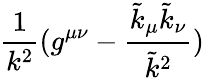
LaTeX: \frac{1}{k^{2}}(g^{\mu\nu}-\frac{\tilde{k}_{\mu}\tilde{k}_{\nu}}{\tilde{k}^{2}})